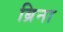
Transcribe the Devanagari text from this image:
ब्रिना